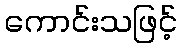
ကောင်းသဖြင့်